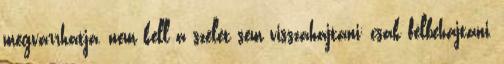
megvarrhatja, nem kell a szélét sem visszahajtani; csak félbehajtani,